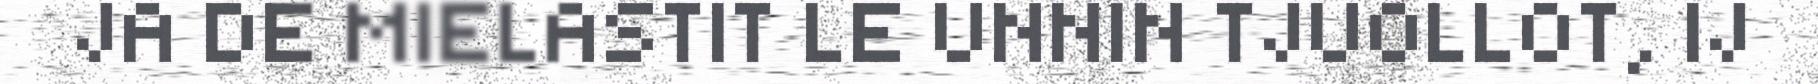
JA DE MIELASTIT LE UNNIN TJUOLLOT, IJ